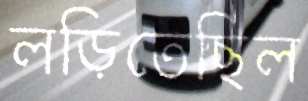
লড়িতেছিল